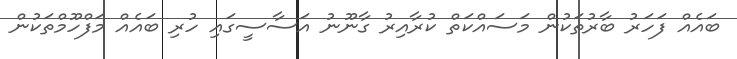
ބައެއް ފަހަރު ބާރުތަކުން މަސައްކަތް ކުރާއިރު ގާނޫނު އަސާސީގައި ހުރި ބައެއް މަފްހޫމްތަކުން